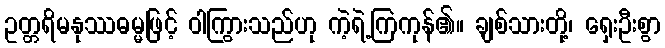
ဥတ္တရိမနုဿဓမ္မဖြင့် ဝါကြွားသည်ဟု ကဲ့ရဲ့ကြကုန်၏။ ချစ်သားတို့၊ ရှေးဦးစွာ